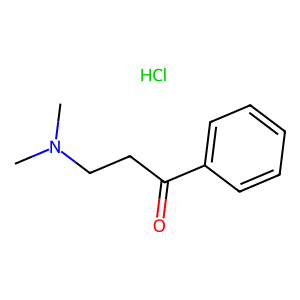
SMILES: CN(C)CCC(=O)c1ccccc1.Cl
Inhibits HIV replication: No